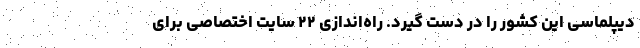
دیپلماسی این کشور را در دست گیرد. راه‌‌اندازی ۲۲ سایت اختصاصی برای